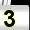
Digit: 3